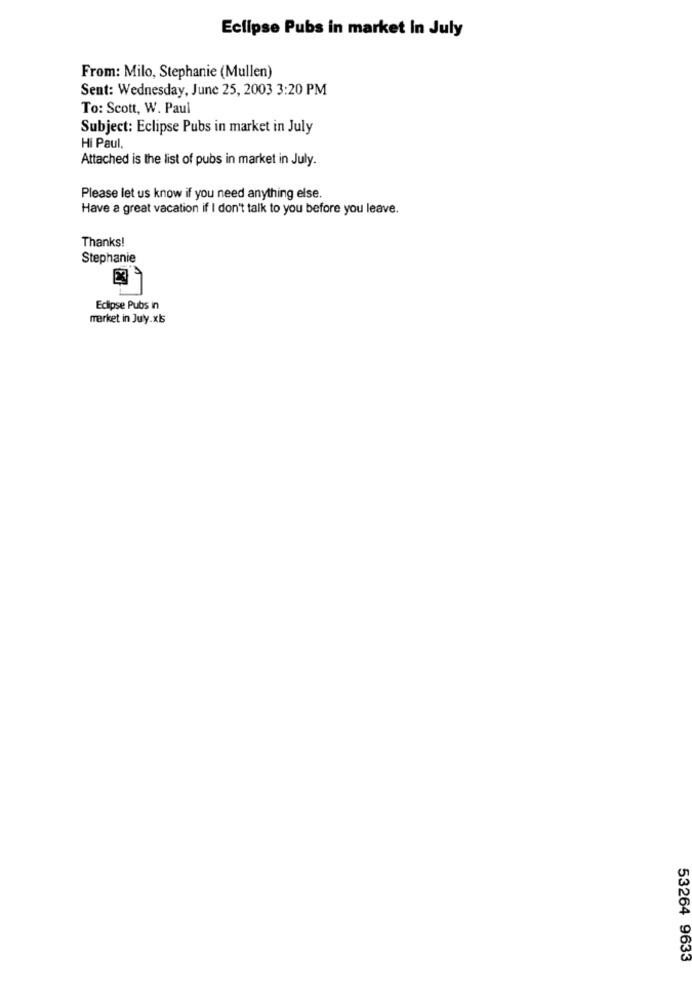
Eclipse Pubs in market In July
From: Milo, Stephanie (Mullen)
Sent: Wednesday, June 25, 2003 3:20 PM
To: Scott, W. Paul
Subject: Eclipse Pubs in market in July
Hi Paul.
Attached is the list of pubs in market in July.
Please let us know if you need anything else.
Have a great vacation if I don't talk to you before you leave.
Thanks!
Stephanie
Eclipse Pubs in
market in Juy.xls
53264 9633